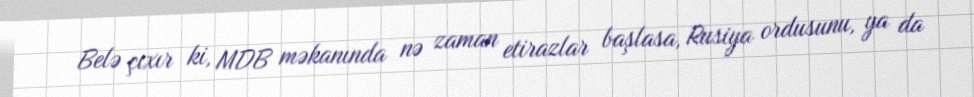
Belə çıxır ki, MDB məkanında nə zaman etirazlar başlasa, Rusiya ordusunu, ya da